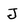
Character: J